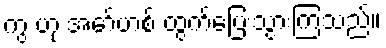
ကွ ဟု အော်ဟစ် ထွက်ပြေးသွားကြသည်။